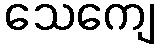
သေကျေ